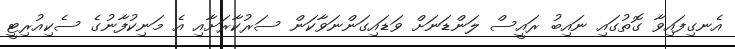
އެނގިފައިވާ ގޮތުގައި ނައިބު ރައީސް ލަންޑަނަށް ވަޑައިގަންނަވާކަން ސަރުކާރަށާއި އެ މަނިކުފާނުގެ ސެކިއުރިޓީ